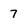
Character: 7